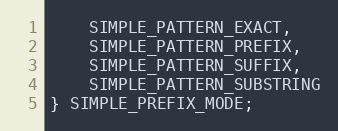
Language: C
    SIMPLE_PATTERN_EXACT,
    SIMPLE_PATTERN_PREFIX,
    SIMPLE_PATTERN_SUFFIX,
    SIMPLE_PATTERN_SUBSTRING
} SIMPLE_PREFIX_MODE;